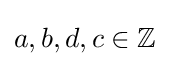
a,b,d,c\in \mathbb {Z}